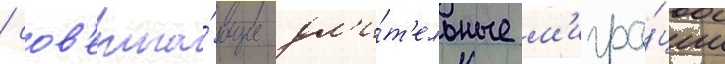
/ сов'ерша́ющие дл'и́т'ельные м'игра́ции